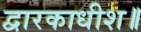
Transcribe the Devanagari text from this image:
द्वारकाधीश॥